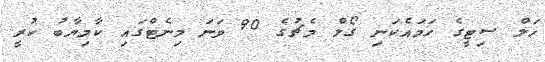
ހަލް ސިޓީގެ ހަމައެކަނި ގޯލް މެޗުގެ 90 ވަނަ މިނެޓްގައި ކާމިޔާބު ކުރީ